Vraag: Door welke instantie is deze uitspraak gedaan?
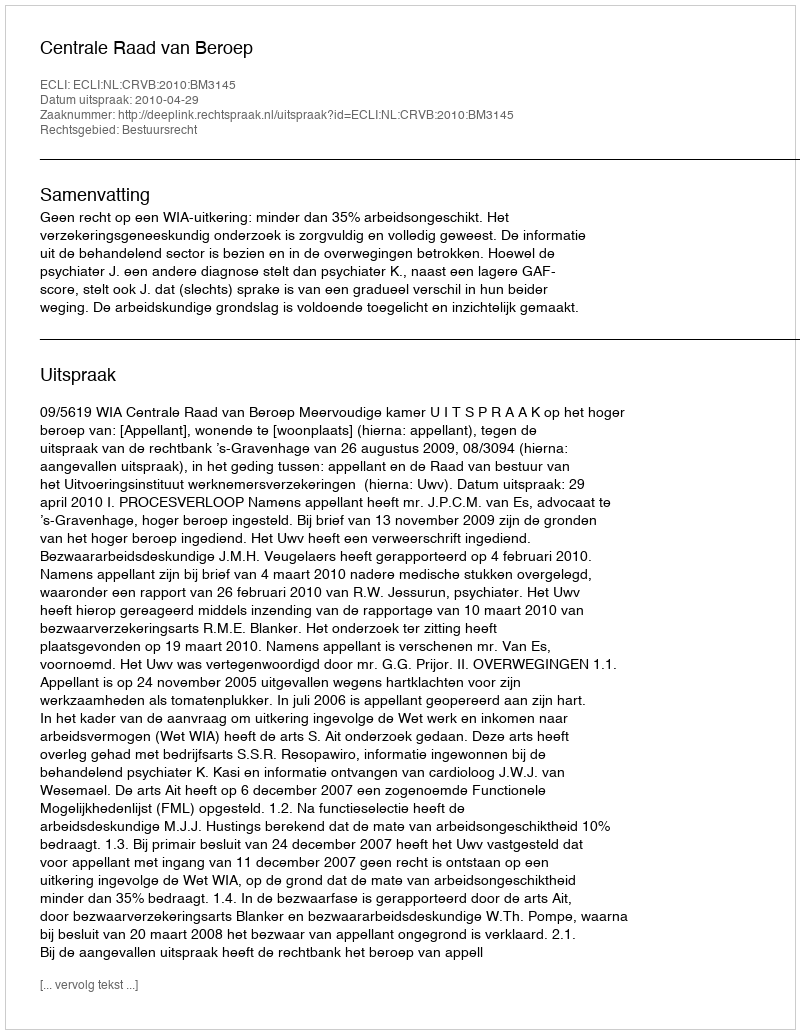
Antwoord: Centrale Raad van Beroep